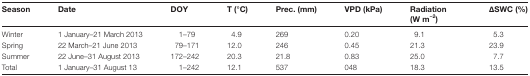
<table><thead><tr><td><b>Season</b></td><td><b>Date</b></td><td><b>DOY</b></td><td><b>T (°C)</b></td><td><b>Prec. (mm)</b></td><td><b>VPD (kPa)</b></td><td><b>Radiation (W m<sup>−2</sup>)</b></td><td><b>ΔSWC (%)</b></td></tr></thead><tbody><tr><td>Winter</td><td>1 January–21 March 2013</td><td>1–79</td><td>4.9</td><td>269</td><td>0.20</td><td>9.1</td><td>5.3</td></tr><tr><td>Spring</td><td>22 March–21 June 2013</td><td>79–171</td><td>12.0</td><td>246</td><td>0.45</td><td>21.3</td><td>23.9</td></tr><tr><td>Summer</td><td>22 June–31 August 2013</td><td>172–242</td><td>20.3</td><td>21.8</td><td>0.83</td><td>25.0</td><td>7.7</td></tr><tr><td>Total</td><td>1 January–31 August 13</td><td>1–242</td><td>12.1</td><td>537</td><td>048</td><td>18.3</td><td>13.5</td></tr></tbody></table>